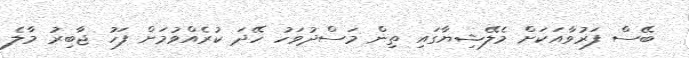
ބޭސް ފަރުވާއަކަށް މެލޭޝިޔާގައި ތިން މަސްދުވަހު ހޭދަ ކުރެއްވުމަށް ފަހު ޖާބިރު މާލެ